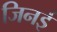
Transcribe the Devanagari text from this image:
जिनई